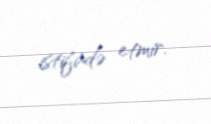
istifadə etmir.